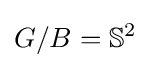
G/B=\mathbb {S} ^{2}